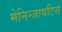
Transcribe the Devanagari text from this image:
मेनिन्जायटिस